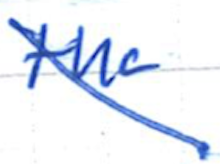
Text: the
Cross-out: diagonal
Writing tool: ballpoint